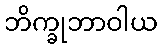
ဘိက္ခုဘာဝါယ